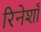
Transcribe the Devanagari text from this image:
रिनेशाँ